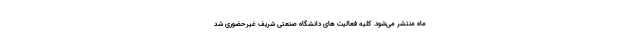
ماه منتشر می‌شود. کلیه فعالیت ‌های دانشگاه صنعتی شریف غیرحضوری شد